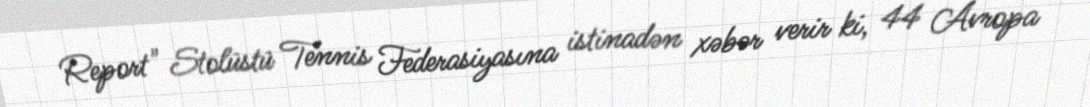
Report" Stolüstü Tennis Federasiyasına istinadən xəbər verir ki, 44 Avropa